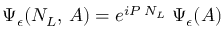
\Psi _ { \epsilon } ( N _ { L } , \, A ) = e ^ { { i } P \; N _ { L } } \; \Psi _ { \epsilon } ( A )